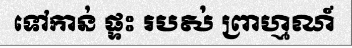
ទៅកាន់ ផ្ទះ របស់ ព្រាហ្មណ៍